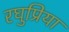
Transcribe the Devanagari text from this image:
रघुप्रिया